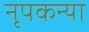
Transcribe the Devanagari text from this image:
नृपकन्या